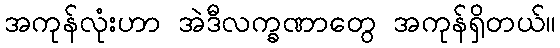
အကုန်လုံးဟာ အဲဒီလက္ခဏာတွေ အကုန်ရှိတယ်။